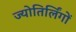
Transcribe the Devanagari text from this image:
ज्‍योतिर्लिंगों